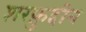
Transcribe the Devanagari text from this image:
शरफ़ुद्दीन